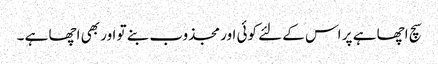
سچ اچھا ہے پر اس کے لئے کوئی اور مجذوب بنے تو اور بھی اچھا ہے ۔